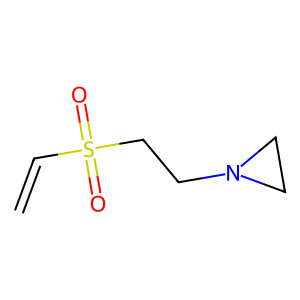
SMILES: C=CS(=O)(=O)CCN1CC1
Inhibits HIV replication: No